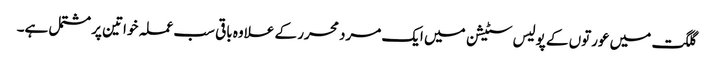
گلگت میں عورتوں کے پولیس سٹیشن میں ایک مرد محرر کے علاوہ باقی سب عملہ خواتین پر مشتمل ہے۔